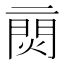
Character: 𨴙